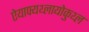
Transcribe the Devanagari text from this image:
ऐयाफ्यथ्लायोकुथ्ल